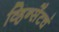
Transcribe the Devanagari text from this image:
व्हिन्सेंटचं